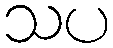
သပ